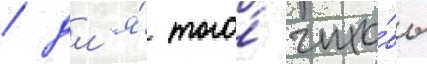
/ дл'я́ того́ что́бы